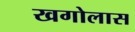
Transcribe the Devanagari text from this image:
खगोलास